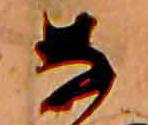
な